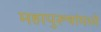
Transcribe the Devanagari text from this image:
महापुरूषांमध्ये